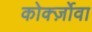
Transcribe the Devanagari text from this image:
कोर्क्ज़ोवा